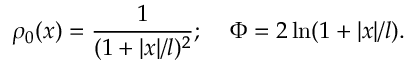
\rho _ { 0 } ( x ) = { \frac { 1 } { ( 1 + | x | / l ) ^ { 2 } } } ; \; \; \; \; \Phi = 2 \ln ( 1 + | x | / l ) .